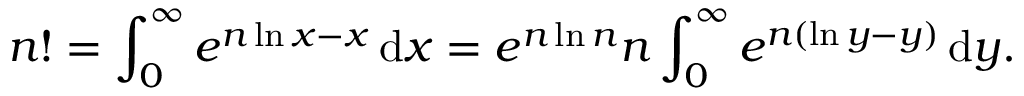
n ! = \int _ { 0 } ^ { \infty } e ^ { n \ln x - x } \, \mathrm { { d } } x = e ^ { n \ln n } n \int _ { 0 } ^ { \infty } e ^ { n ( \ln y - y ) } \, \mathrm { { d } } y .